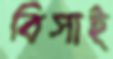
বিসাই